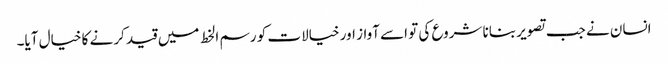
انسان نے جب تصویر بنانا شروع کی تو اسے آواز اور خیالات کو رسم الخط میں قید کرنے کا خیال آیا۔